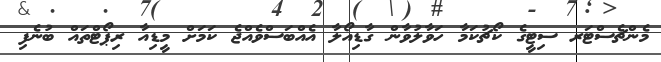
މެންޗެސްޓަރ ސިޓީގެ ކޯޗުކަމާ ހަވާލުވާން ގާޑިއޯލާ އެއްބަސްވެއްޖެ ކަމަށް މީޑިއާ ރިޕޯޓްތައް ބުނެފި